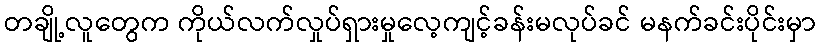
တချို့လူတွေက ကိုယ်လက်လှုပ်ရှားမှုလေ့ကျင့်ခန်းမလုပ်ခင် မနက်ခင်းပိုင်းမှာ